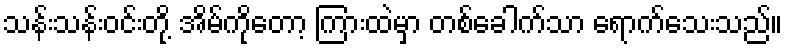
သန်းသန်းဝင်းတို့ အိမ်ကိုတော့ ကြားထဲမှာ တစ်ခေါက်သာ ရောက်သေးသည်။